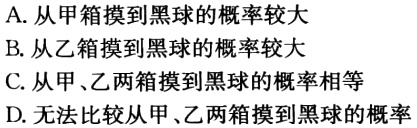
A. 从甲箱摸到黑球的概率较大
B. 从乙箱摸到黑球的概率较大
C. 从甲、乙两箱摸到黑球的概率相等
D. 无法比较从甲、乙两箱摸到黑球的概率